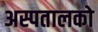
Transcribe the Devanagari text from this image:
अस्पतालको